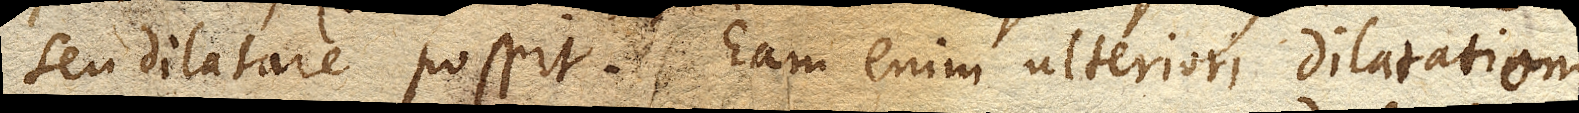
seu dilatare possit. Eam enim ulteriori dilatationi